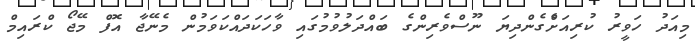
މިއަދު ހަވީރު ކުރިއަށްެގެންދިޔަ ނޫސްވެރިންގެ ބައްދަލުވުމުގައި ވާހަކަދައްކަވަމުން މެނޭޖާ އޮފް މޭޖޯ ކްރައިމް